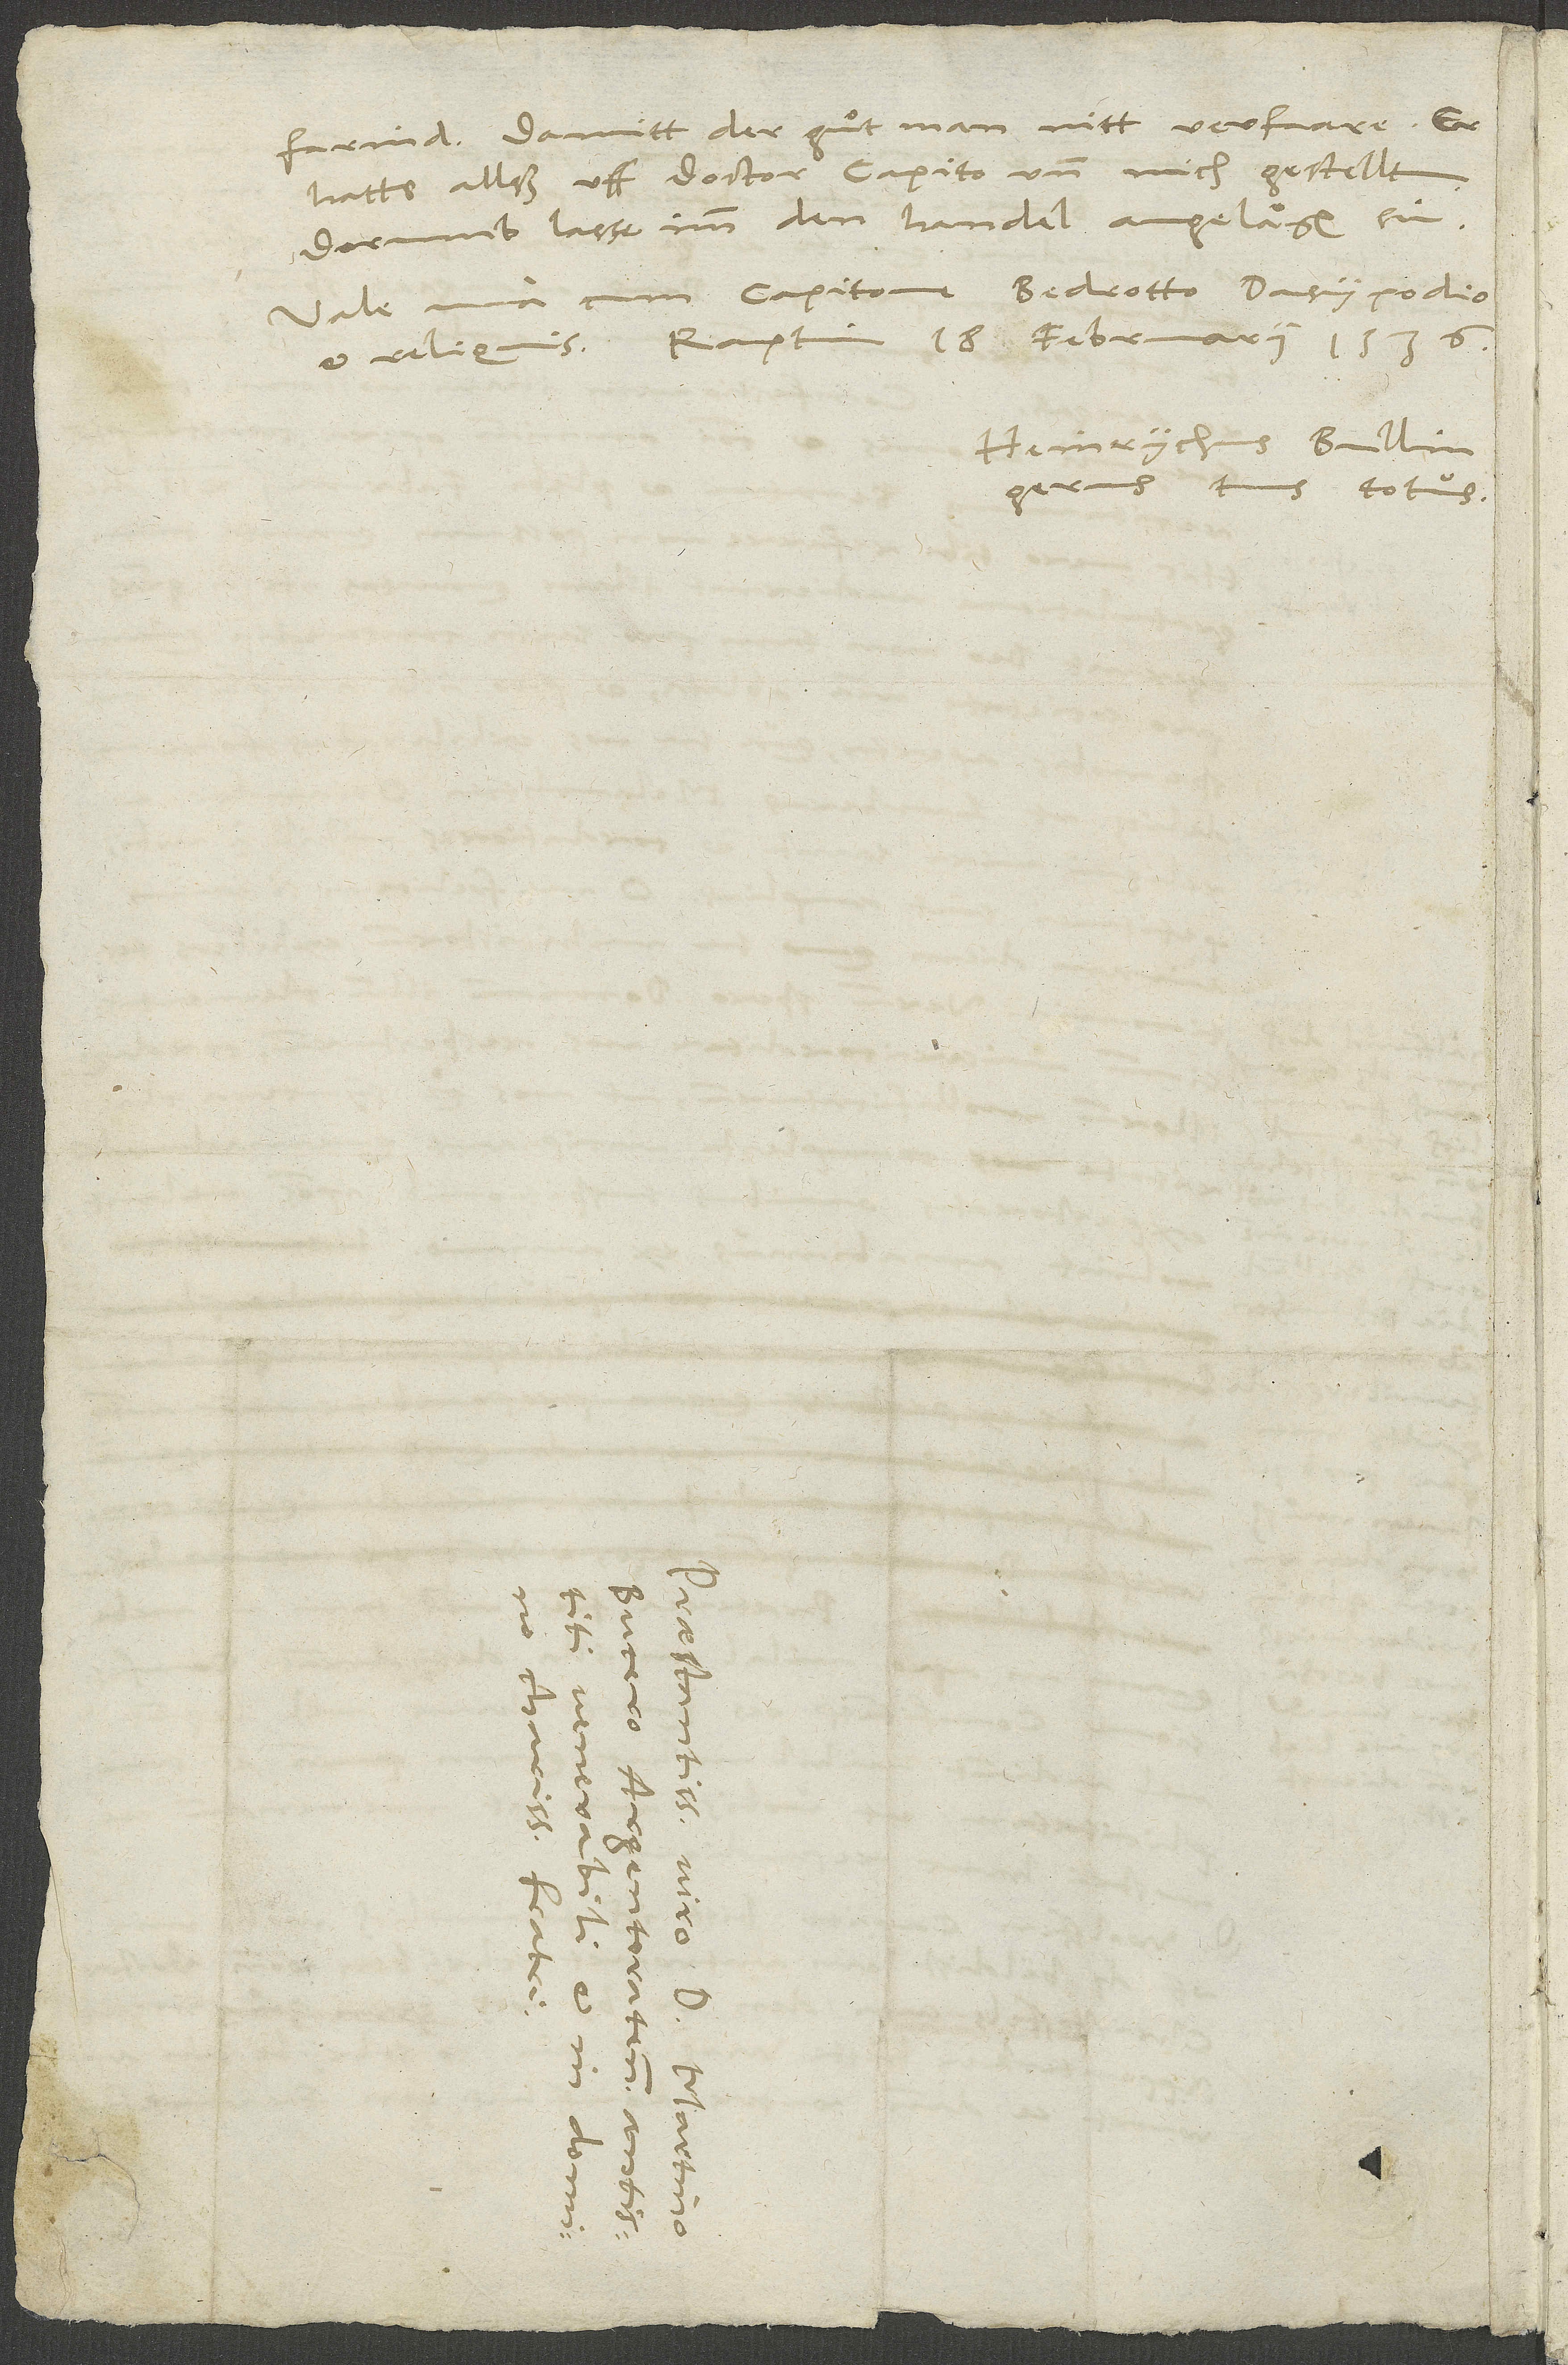
farind, damitt der guͦt man nitt verfaare. Er
.
hatts allss uff doctor Capito und mich gestellt,
dorumb lasse imm den handel angelägen sin.
Vale una cum Capitone, Bedrotto, Dasypodio
Heinrychus Bullingerus
tuus totus.
.
d.
d.